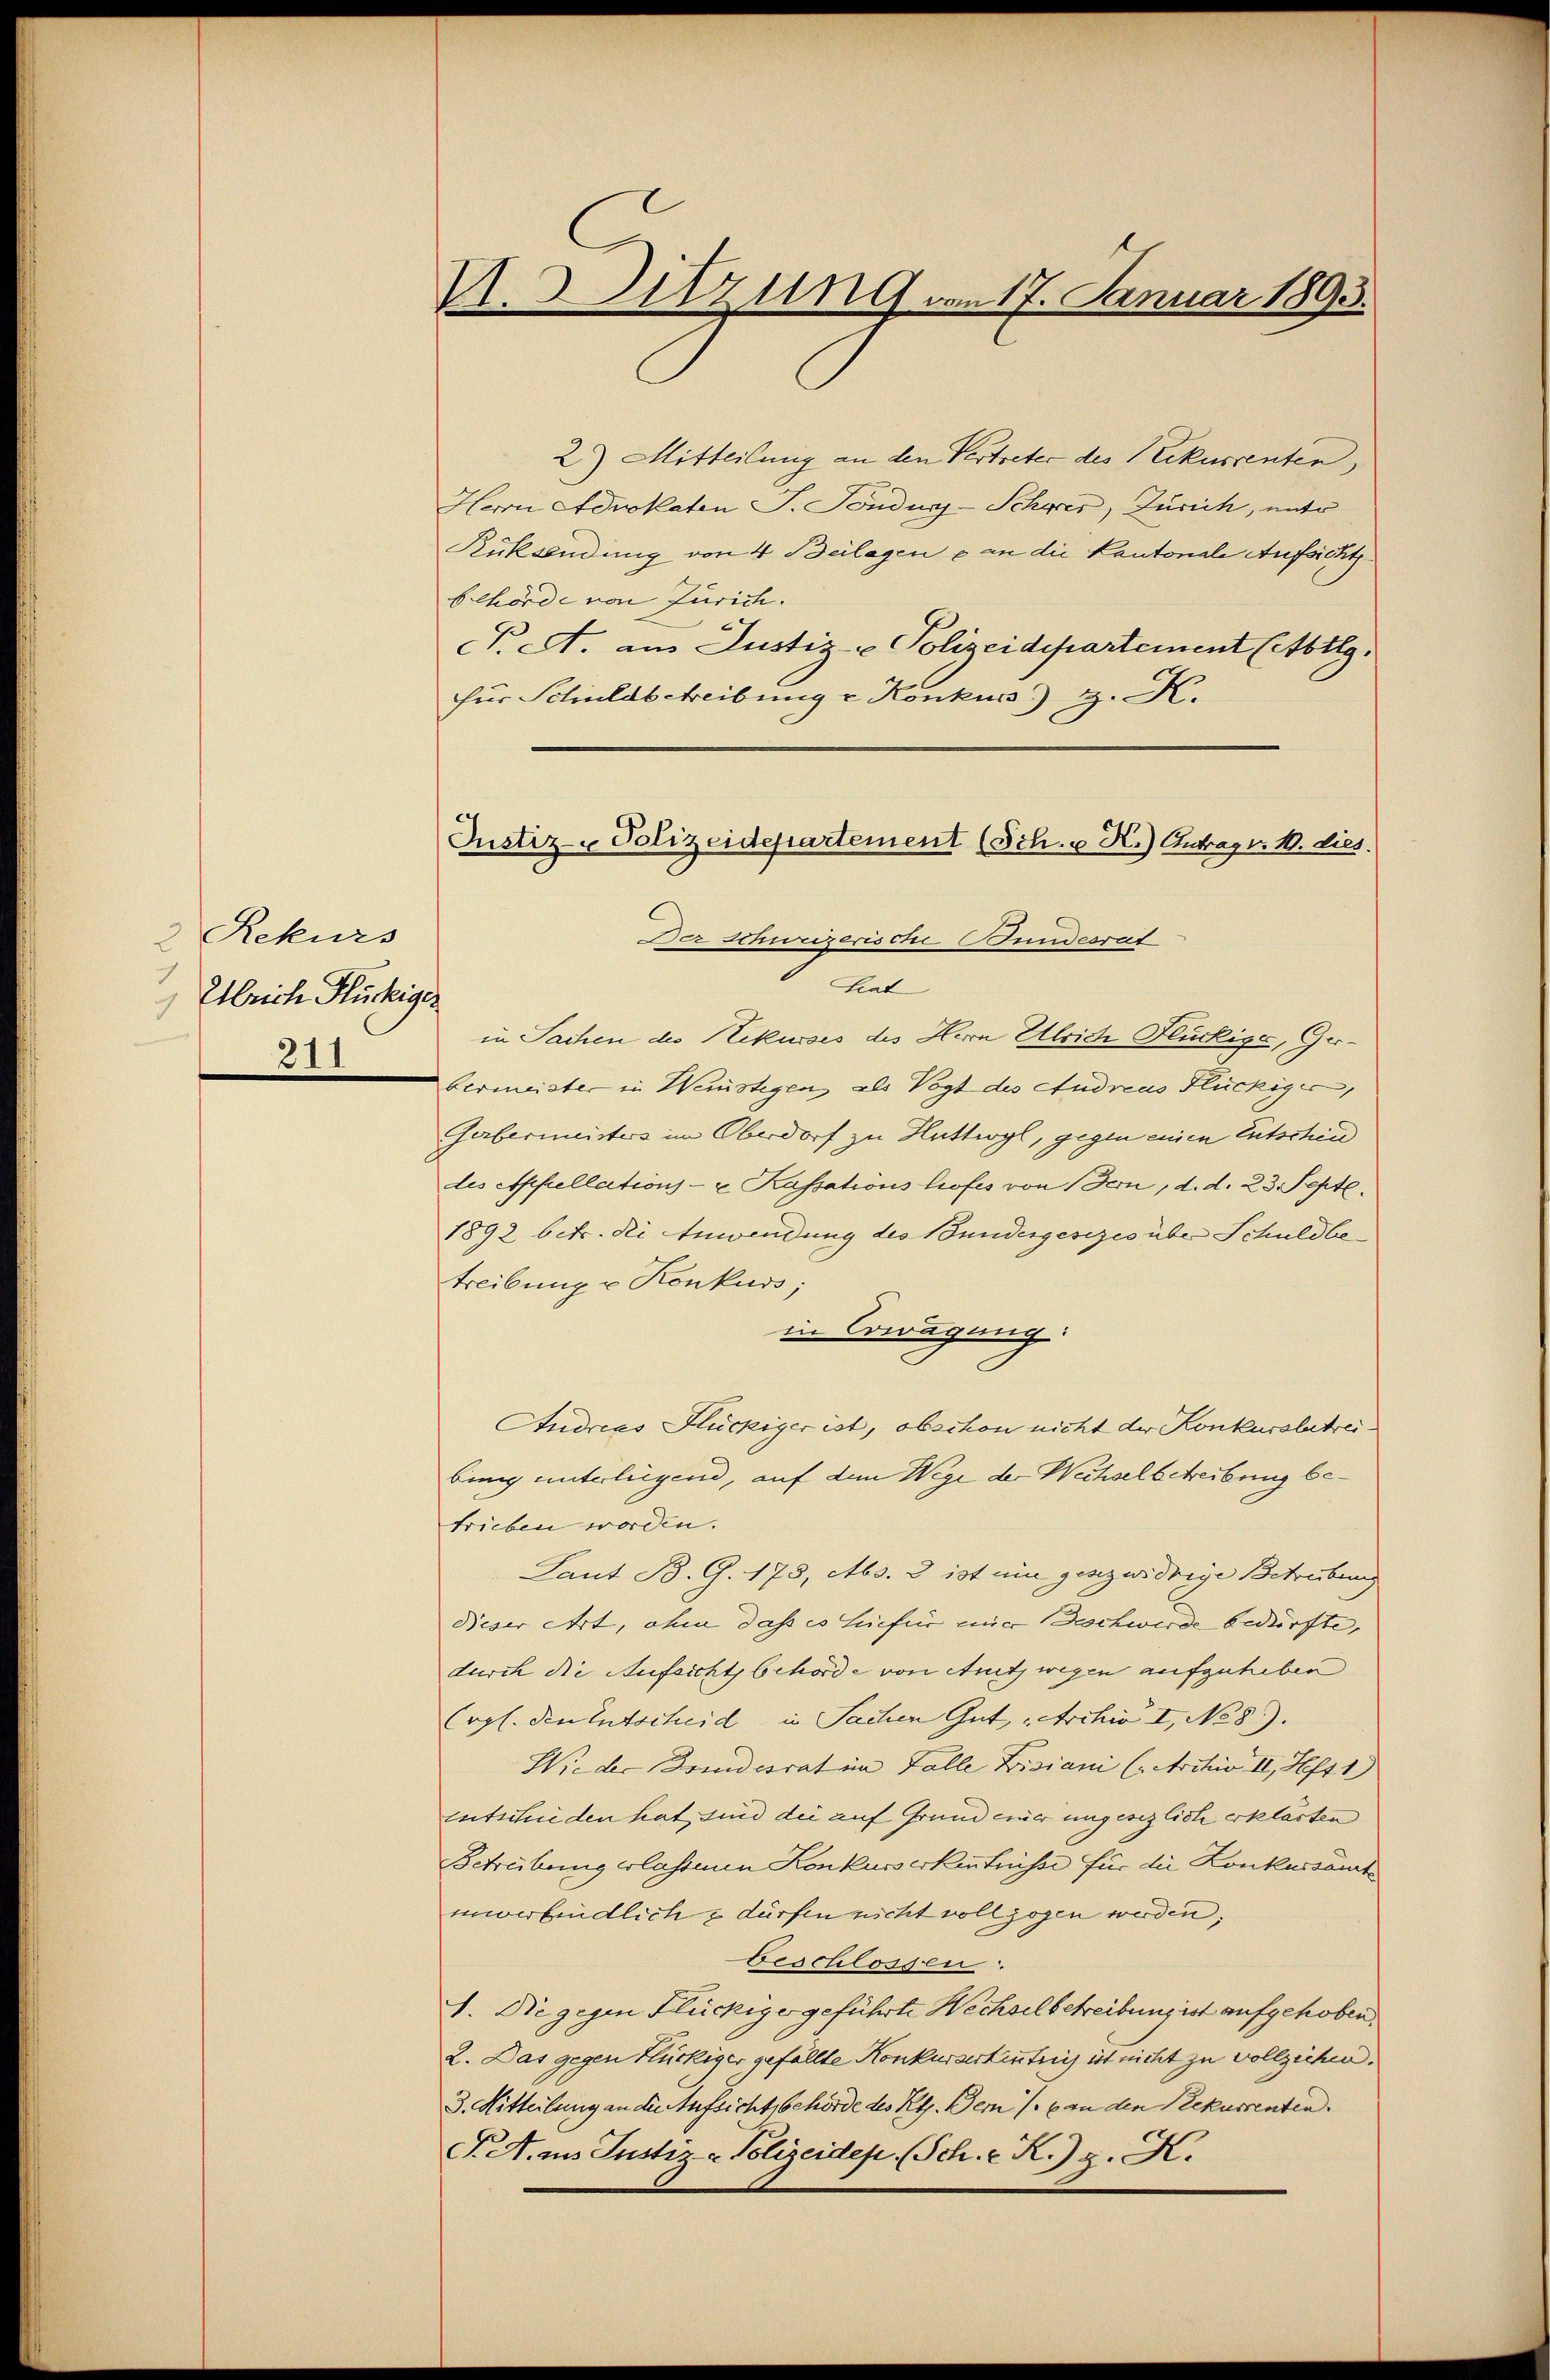
2 Rekurs
 Ulrich Flückiger
211

A. Sitzung vom 17. Januar 1893.

Justiz- Polizeidepartement (Sch. u X.) Antrag v. 10. dies.

2) Mitteilung an den Vertreter des Rekurrenten,
Herrn Advokaten J. Töndurg-Schwer, Zürich, anto
Rücksendung von 4 Beilagen & an die Kantonale Aufsicht
behörde von Jurich.
N. A. aus Justiz- & Polizeidepartement (Abtlg.
Für Schuldbetreibung u. Konkurs H. K.
Der Schweizerisch Bunderrut
Leat
in Sachen des Rekurses des Herrn Absich Flückige, Gerbermeister in Weinstigen, als Vogt des Andreas Flückiger,
Gerbermeisters im Oberdorf zu Huttwyl, gegen einen Entschind
des Appellations- u. Kassations Profes von Ton, d. d. 23. Septe.
1892 betr. die Anwendung des Bundergesezes über Schuldbetreibung u Konkurs;
in Erwägung:
Andreas Flückiger ist, obschon nicht der Konkursbetreibing unterliegend, auf dem Wege der Wechselbetreibung betrieben worden.
Laut B. G. 178, Abs. 3 ist ein genzwidrige Betreibung
Dieser ehrt, ohne dass es hiefür einer Beschwerde bedürfte, |
durch die Aufsicht behörde von Amts wegen aufzuheben
Ergl. den Entscheid in Sachen Gut, Archiv II, No 8).
Wie der Bundesrat im Falle Bisiani (Archiv II, Heft 1
Entschieden hat, sind der auf Grund einer ungesezlich erklärten
Betreibung erlassenen Konkusserkentnisse für die Konkursämt
unerfindlich & dürfen nicht vollzogen werden,
beschlossen:
1. Die gegen Flückiger geführte Wechsel betreibung ist aufgehoben,
2. Das gegen Hückiger gefällte Konkurserkentrig ist nicht zu vollziehen.
3. Mitteilung an der Aufsichtsbehörde des Kts. Dem /: 6 an den Rekurrenten.
J. A. aus Juster - Polizeiden. (Sch. E. R.) g. K.